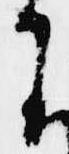
わ